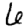
Digit: 6